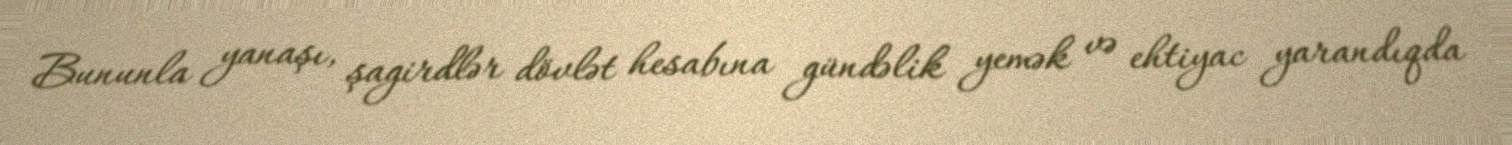
Bununla yanaşı, şagirdlər dövlət hesabına gündəlik yemək və ehtiyac yarandıqda